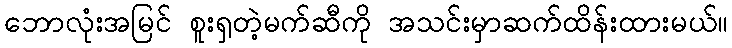
ဘောလုံးအမြင် စူးရှတဲ့မက်ဆီကို အသင်းမှာဆက်ထိန်းထားမယ်။